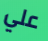
علي